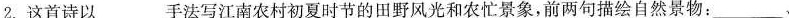
2.这首诗以___手法写江南农村初夏时节的田野风光和农忙景象，前两句描绘自然景物：___、